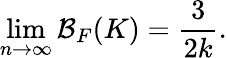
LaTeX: \operatorname*{lim}_{n\rightarrow\infty}\mathcal{B}_{F}(K)=\frac{3}{2k}.